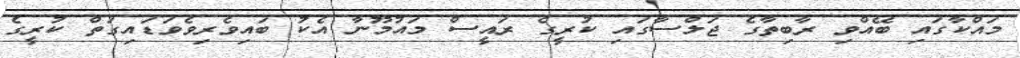
މައްކާގައި ބޭއްވި ރާބިތާގެ ޖަލްސާގަައި ކުރީގެ ރައީސް މައުމޫނާ އެކު ބައިވެރިވެވަޑައިގަތް ކުރީގެ